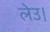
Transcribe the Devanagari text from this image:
लेउ।